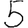
Digit: 5